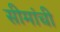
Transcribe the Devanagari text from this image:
सीमांची